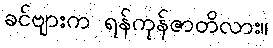
ခင်ဗျားက ရန်ကုန်ဇာတိလား။